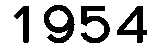
1954